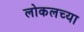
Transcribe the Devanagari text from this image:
लोकलच्या